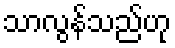
သာလွန်သည်ဟု